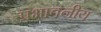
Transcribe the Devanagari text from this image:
प्रभावनीय